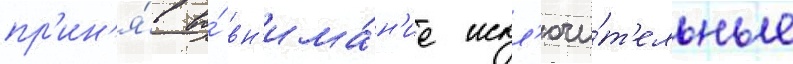
пр'ин'я́в во́ вн'има́н'ие искл'ючи́т'ельные